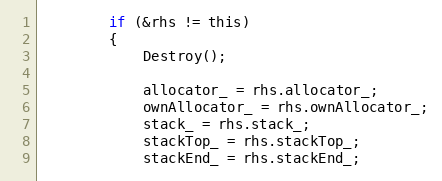
Language: C
        if (&rhs != this)
        {
            Destroy();

            allocator_ = rhs.allocator_;
            ownAllocator_ = rhs.ownAllocator_;
            stack_ = rhs.stack_;
            stackTop_ = rhs.stackTop_;
            stackEnd_ = rhs.stackEnd_;